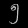
Digit: ၅